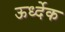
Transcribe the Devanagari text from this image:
ऊर्ध्देक